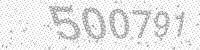
Solution: 500791